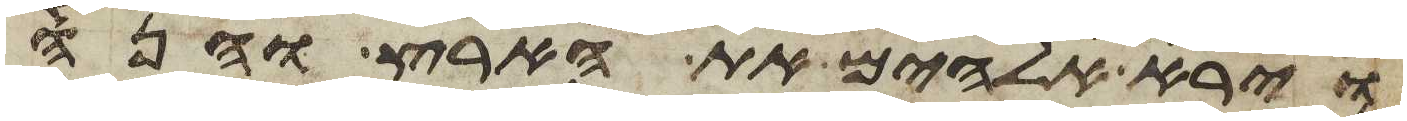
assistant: וירא אלהים את הארץ והנה